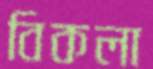
বিকলা